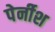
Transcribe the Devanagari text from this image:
पेर्नीश